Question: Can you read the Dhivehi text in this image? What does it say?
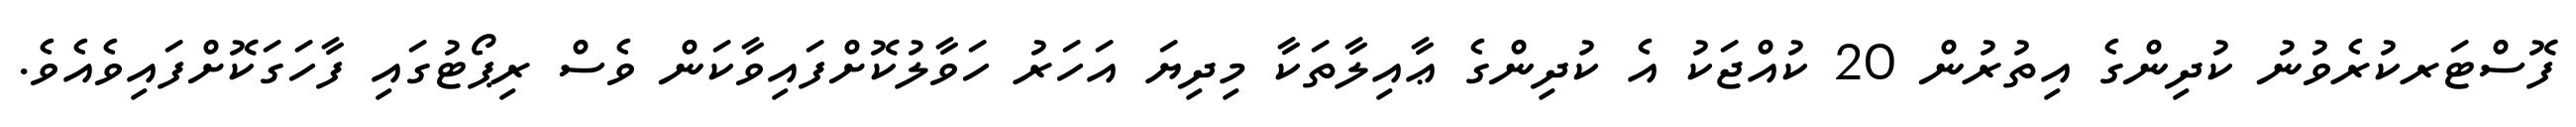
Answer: ފޮސްޓަރކުރެވުނު ކުދިންގެ އިތުރުން 20 ކުއްޖަކު އެ ކުދިންގެ ޢާއިލާތަކާ މިދިޔަ އަހަރު ހަވާލުކޮށްފައިވާކަން ވެސް ރިޕޯޓުގައި ފާހަގަކޮށްފައިވެއެވެ.